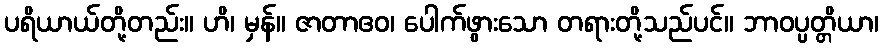
ပရိယာယ်တို့တည်း။ ဟိ၊ မှန်။ ဇာတာဧဝ၊ ပေါက်ဖွားသော တရားတို့သည်ပင်။ ဘာဝပ္ပတ္တိယာ၊